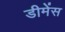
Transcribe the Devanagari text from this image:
डीमेंस